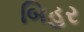
બિહર